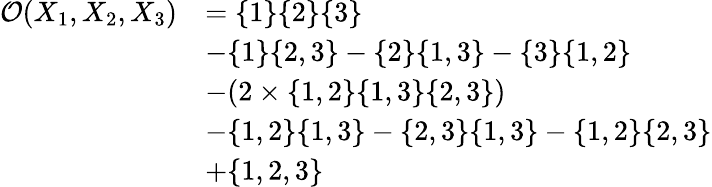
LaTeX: \begin{array}{rl}{\mathcal{O}(X_{1},X_{2},X_{3})}&{=\{ 1\} \{ 2\} \{ 3\} }\\ &{-\{ 1\} \{ 2,3\} -\{ 2\} \{ 1,3\} -\{ 3\} \{ 1,2\} }\\ &{-(2\times\{ 1,2\} \{ 1,3\} \{ 2,3\} )}\\ &{-\{ 1,2\} \{ 1,3\} -\{ 2,3\} \{ 1,3\} -\{ 1,2\} \{ 2,3\} }\\ &{+\{ 1,2,3\} }\end{array}